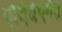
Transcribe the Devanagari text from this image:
पौर्णमेपर्यंत